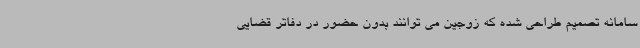
سامانه تصمیم طراحی شده که زوجین می توانند بدون حضور در دفاتر قضایی